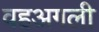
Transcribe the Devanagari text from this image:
वहअगली